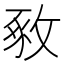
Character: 𢽴